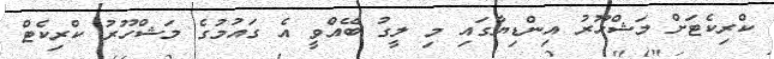
ކްރިކެޓަށް މަޝްހޫރު އިންޑިޔާގައި މި ލީގު ބޭއްވީ އެ ގައުމުގެ މަޝްހޫރު ކްރިކެޓް